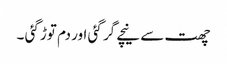
چھت سے نیچے گر گئی اور دم توڑ گئی ۔